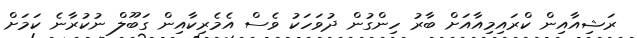
ރަޝިއާއިން ކްރައިމިއާއަށް ބާރު ހިންގުން ދުވަހަކު ވެސް އެމެރިކާއިން ގަބޫލް ނުކުރާނެ ކަމަށް